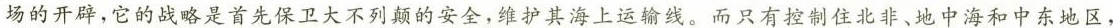
场的开辟，它的战略是首先保卫大不列颠的安全，维护其海上运输线。而只有控制住北非、地中海和中东地区，